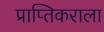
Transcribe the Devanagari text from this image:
प्राप्‍तिकराला